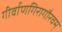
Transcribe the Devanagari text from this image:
गीर्वाणगिरागौरवम्